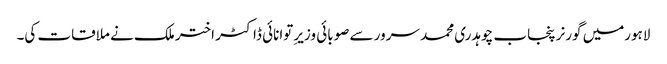
لاہورمیں گورنر پنجاب چوہدری محمد سرور سے صوبائی وزیرِ توانائی ڈاکٹر اختر ملک نے ملاقات کی۔